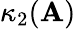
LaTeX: \kappa_{2}(\mathbf{A})